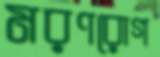
মরণরোগ